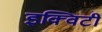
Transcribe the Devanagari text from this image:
इक्‍विटी